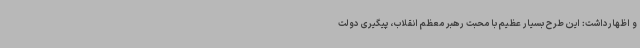
و اظهارداشت: این طرح بسیار عظیم با محبت رهبر معظم انقلاب، پیگیری دولت